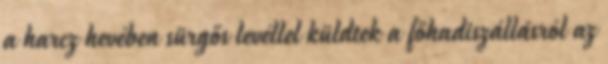
a harcz hevében sürgős levéllel küldtek a főhadiszállásról az